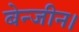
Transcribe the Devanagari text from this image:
बेन्जीन।